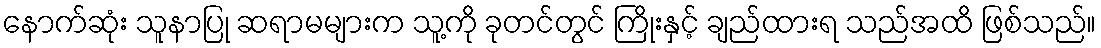
နောက်ဆုံး သူနာပြု ဆရာမများက သူ့ကို ခုတင်တွင် ကြိုးနှင့် ချည်ထားရ သည်အထိ ဖြစ်သည်။